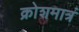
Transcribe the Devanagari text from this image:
क्रोशमात्रं